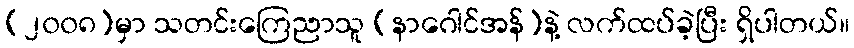
(၂၀၀၈)မှာ သတင်းကြေညာသူ (နာဂေါင်အန်)နဲ့ လက်ထပ်ခဲ့ပြီး ရှိပါတယ်။